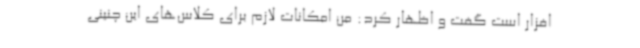
افزار است گفت و اظهار کرد: من امکانات لازم برای کلاس‌های این چنینی